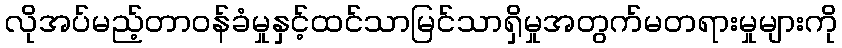
လိုအပ်မည့်တာဝန်ခံမှုနှင့်ထင်သာမြင်သာရှိမှုအတွက်မတရားမှုများကို